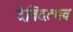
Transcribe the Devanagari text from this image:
देविंदत्थव